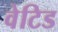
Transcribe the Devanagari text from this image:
वेटिड